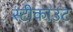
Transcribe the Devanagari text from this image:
स्टीकाउट